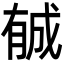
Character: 𣎉